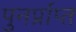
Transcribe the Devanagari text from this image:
पुनर्प्राप्‍त